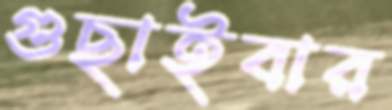
গুছাইবার